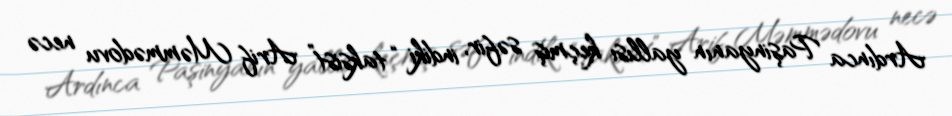
Ardınca Paşinyanın yallısı keçmiş səfir, indiki “taksist” Arif Məmmədovu necə